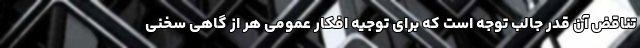
تناقض آن قدر جالب توجه است که برای توجیه افکار عمومی هر از گاهی سخنی